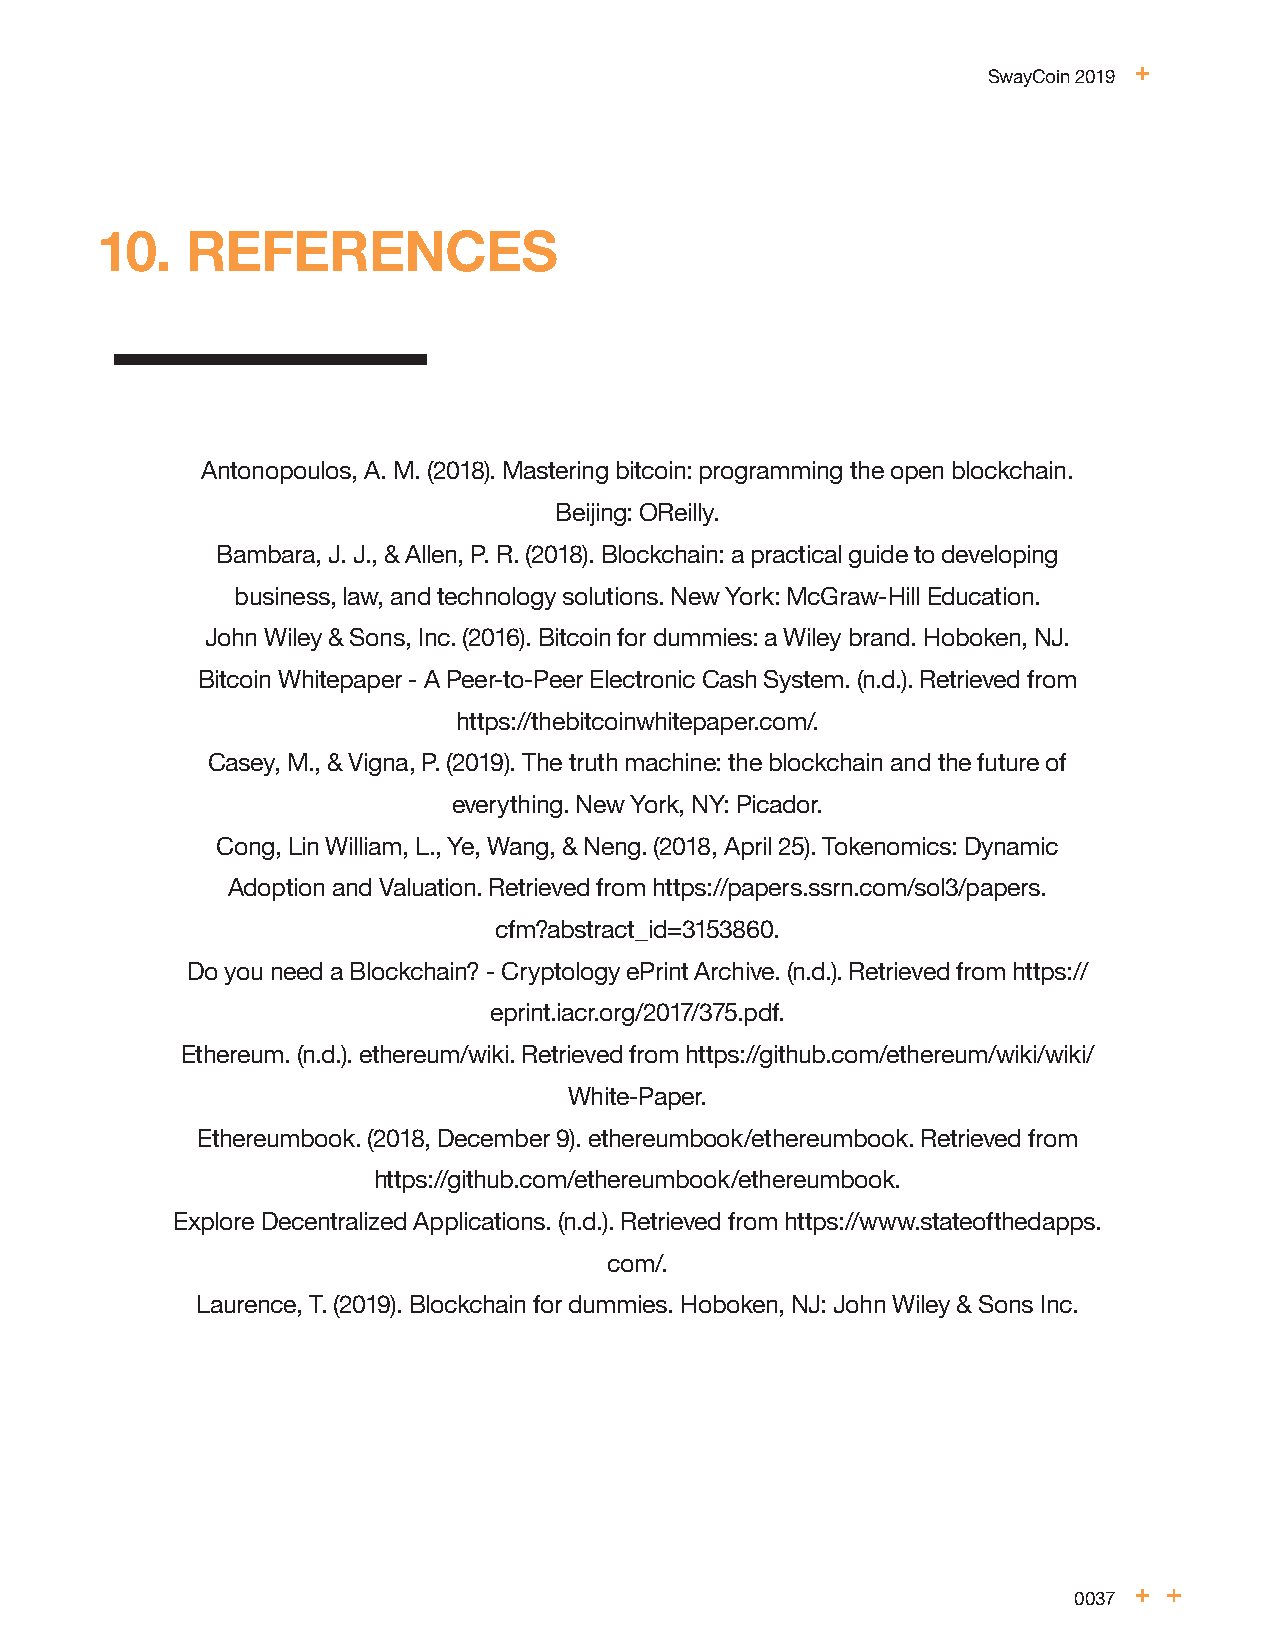
SwayCoin 2019
 10.   REFERENCES
 Antonopoulos, A. M. (2018). Mastering bitcoin: programming the open blockchain.
 Beijing: OReilly.
 Bambara, J. J., & Allen, P. R. (2018). Blockchain: a practical guide to developing
 business, law, and technology solutions. New York: McGraw-Hill Education.
 John Wiley & Sons, Inc. (2016). Bitcoin for dummies: a Wiley brand. Hoboken, NJ.
 Bitcoin Whitepaper - A Peer-to-Peer Electronic Cash System. (n.d.). Retrieved from
 https://thebitcoinwhitepaper.com/.
 Casey, M., & Vigna, P. (2019). The truth machine: the blockchain and the future of
 everything. New York, NY: Picador.
 Cong, Lin William, L., Ye, Wang, & Neng. (2018, April 25). Tokenomics: Dynamic
 Adoption and Valuation. Retrieved from https://papers.ssrn.com/sol3/papers.
 cfm?abstract_id=3153860.
 Do you need a Blockchain? - Cryptology ePrint Archive. (n.d.). Retrieved from https://
 eprint.iacr.org/2017/375.pdf.
 Ethereum. (n.d.). ethereum/wiki. Retrieved from https://github.com/ethereum/wiki/wiki/
 White-Paper.
 Ethereumbook. (2018, December 9). ethereumbook/ethereumbook. Retrieved from
 https://github.com/ethereumbook/ethereumbook.
 Explore Decentralized Applications. (n.d.). Retrieved from https://www.stateofthedapps.
 com/.
 Laurence, T. (2019). Blockchain for dummies. Hoboken, NJ: John Wiley & Sons Inc.
 0037